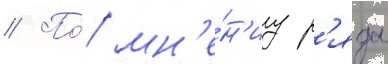
// По́ мн'е́н'иу р'яда